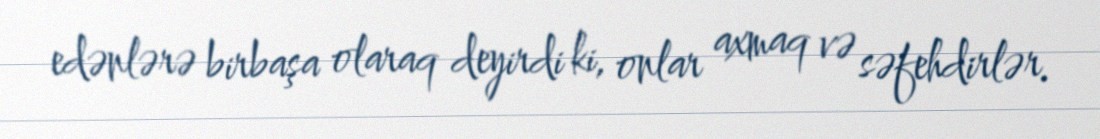
edənlərə birbaşa olaraq deyirdi ki, onlar axmaq və səfehdirlər.